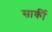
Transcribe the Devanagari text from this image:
सार्की